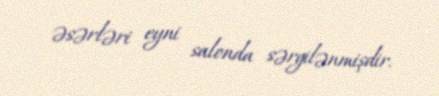
əsərləri eyni salonda sərgilənmişdir.